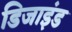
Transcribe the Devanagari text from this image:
डिजाइंड